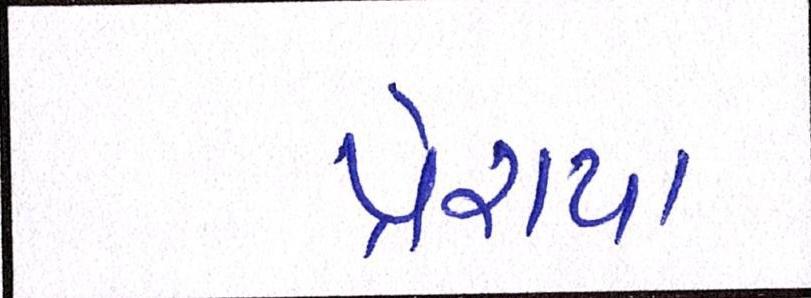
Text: પ્રેરાયા